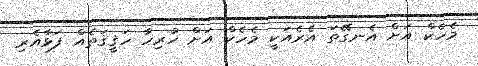
މެހެކް އަށް އެނގޭތަ އެރެއަކީ މެހެކް އަށް ހުރިހާ ހަޤީޤަތެއް ފަޅާއެރި